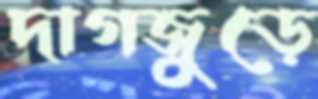
দাগজুড়ে